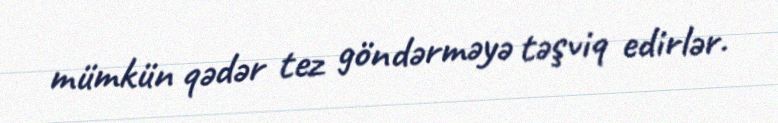
mümkün qədər tez göndərməyə təşviq edirlər.